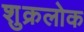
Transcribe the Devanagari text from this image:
शुक्रलोक